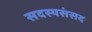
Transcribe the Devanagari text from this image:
सदस्यसंसद